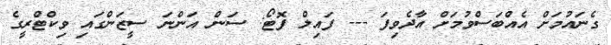
ގެނައުމަށް އެއްބަސްވުމަށް އާދެވިފަ --- ފައިލް ފޮޓޯ: ސަން އަންނަ ސީޒަންގައި ވިކްޓްރީގެ